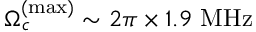
\Omega _ { c } ^ { ( \mathrm { m a x } ) } \sim 2 \pi \times 1 . 9 \ \mathrm { M H z }